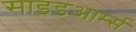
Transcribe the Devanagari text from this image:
साइडआर्म्स